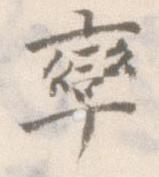
率